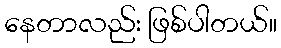
နေတာလည်း ဖြစ်ပါတယ်။